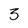
Character: 3